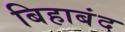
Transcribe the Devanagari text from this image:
बिहाबंद